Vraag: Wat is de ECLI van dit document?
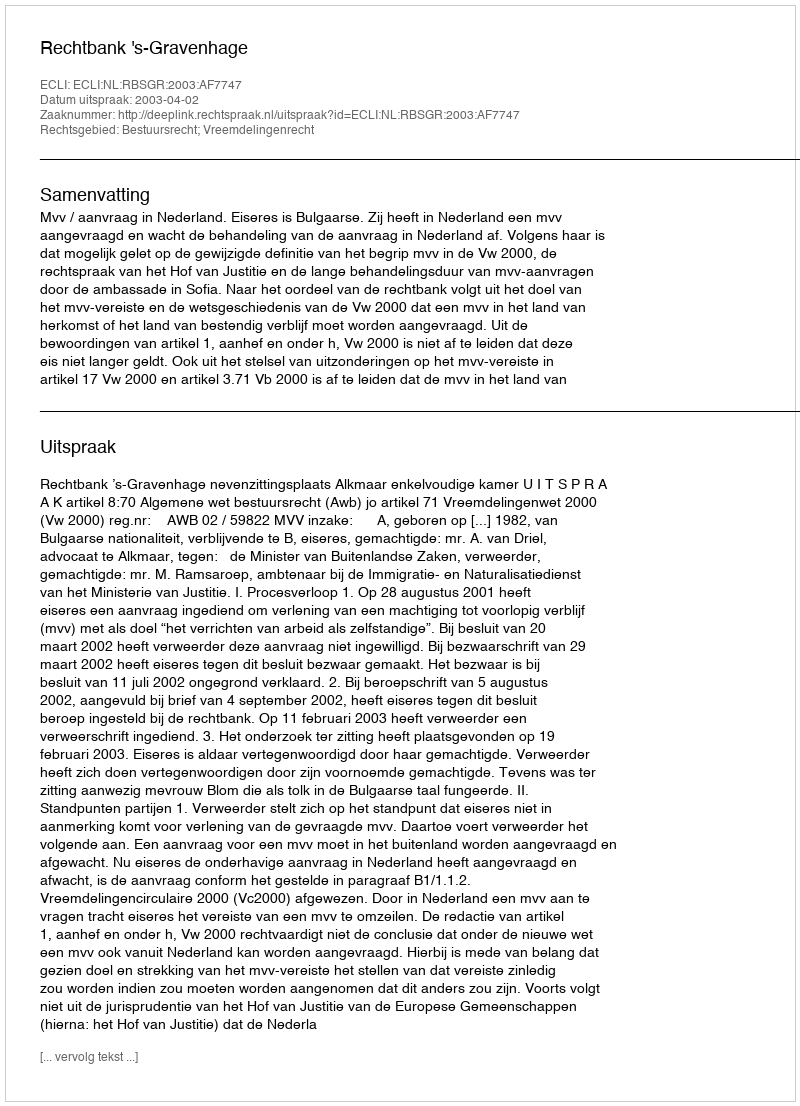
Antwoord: ECLI:NL:RBSGR:2003:AF7747